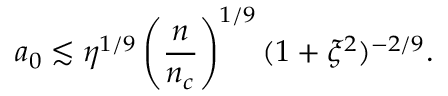
a _ { 0 } \lesssim \eta ^ { 1 / 9 } \left( \frac { n } { n _ { c } } \right) ^ { 1 / 9 } ( 1 + \xi ^ { 2 } ) ^ { - 2 / 9 } .